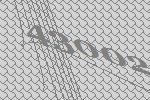
43002